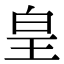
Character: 皇